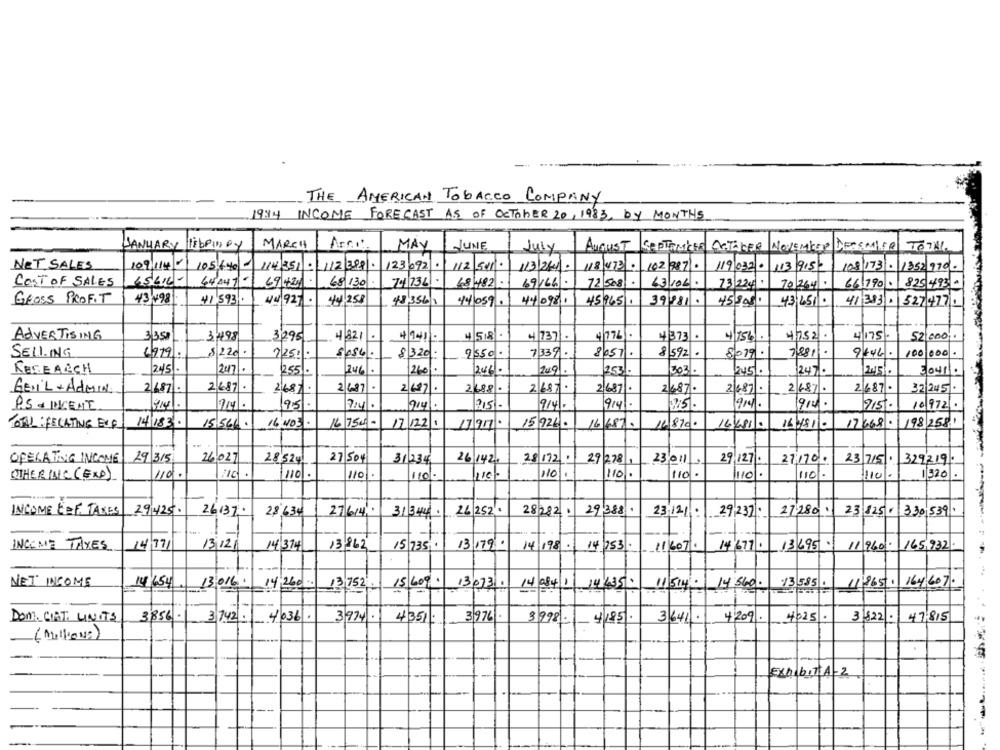
THE AMERICAN TOBACCO COMPANY
1944 INCOME FORECAST AS OF OCTOBER 20, 1983, BY MONTHS
JANUARY libPinoy
MARCH
MAY
JUNE
AUGUST
CEPTANKER CaTAGER NOVEMKop DEEmise TOTAL.
July
NET SALES
109 114 - 105 640
114 351 : 112 208 . 123 092 . 112 541.
113/24 .
118 473.
102 987 . 119 032 0 113 9:51
108 173 - 1352 970-
COST OF SALES
65616-
64.047- 69 421 . 68 130
74 736 -
48 482
69166.
72 508. 63 102.
23 24
70 264.
66 790 . 825 493-
GROSS PROFIT
43 498
41,593 .
44258
440981
44 921.
48,356/1
44 059.
45965. 39781.
45808.
43,451.
41383. 527477.
ADVERTISING
3350
3498
3'295
4821 -
49412-
4 58.
47371.
4776 .
₦ 373
4/756
4752.
4175
52 600
522c.
9550 -
8057.
8/592.
SELLING
6979
2250
8320.
7339.
8079.
7881
9446
2u7 .
RESEARCH
245 .
2,55
1246 .
260
1246-
1249.
253.
303.
245
2470
245
3041.
GeriL+ Admin
2687 .
2687.
2687
2 627.
2 697
2488 .
2687.
21687/
2687.
2487.
2687.
32 245 .
2687.
74.
95
7.4 .
2.51-
9141.
914 .
914.
1914
1215-
10972 .
PS - INCENT
25.
TOTAL: RELATING BIR
14/183.
15,566.
16 003.
16 75000
17 122 1
1797
15 926- 16 6870
14870.
16481.
1648110 176680
198 258,
27 504
28172.
29 278
27170.
23 715 . 329219
OPERATING INCOME
29 315
26027
28524
31234
26 142.
23011
29 127.
110
110
.
110
110 -
OTHERINC (EXP)
110
110.
110 .
110-
1110 .
11101.
1520 .
-
INCOME EEF TAKES
29425.
26 252.
29 388
27 280 23 125 330 539.
26132.
28,634
27614,
31344.
28282
23,121 :
29/232:
INCOME TAXES
14 77
13 121
14 374
13862
15 735.
13 179.
14 198 - 14 753.
11 607.
14/677.
13695.
11 960 - 165,932
NET INCOME
14/654
13016.
14,260 ...
15 609. 13073.
14084 1 14 4350
11. 514 - 14 560.
/3 585 .
11965
164 607.
13,752.
DONCIST UNITS
3856 -
3 7.42 . 4036.
3974.
4351 :
3 976.
3998 :
41851.
3641.
4,209 .
4025 .
3,822.
47,815
( Millions)
EXHIBIT A-2